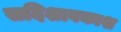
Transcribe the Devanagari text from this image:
सदिशावकाश